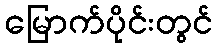
မြောက်ပိုင်းတွင်